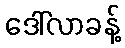
ဒေါ်လာခန့်